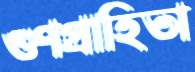
গুণগ্রাহিতা